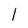
Character: l